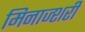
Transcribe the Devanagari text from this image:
मिनाज्शरी